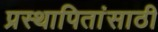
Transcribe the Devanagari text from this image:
प्रस्थापितांसाठी